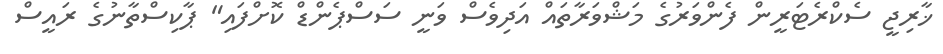
ޚާރިޖީ ސެކްރެޓަރީން ފެންވަރުގެ މަޝްވަރާތައް އަދިވެސް ވަނީ ސަސްޕެންޑް ކޮށްފައި" ޕާކިސްތާނުގެ ރައީސް